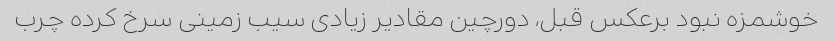
خوشمزه نبود برعکس قبل، دورچین مقادیر زیادی سیب زمینی سرخ کرده چرب